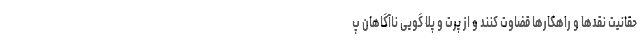
حقانیت نقدها و راهکارها قضاوت کنند و از پرت و پلا گویی ناآگاهان پ